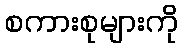
စကားစုများကို